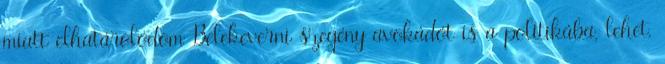
miatt elhatárolódom Belekeverni szegény avokádót is a politikába, lehet,